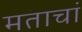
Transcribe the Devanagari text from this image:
मताचां